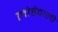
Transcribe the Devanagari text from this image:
लोहेवाली